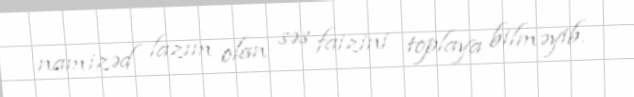
namizəd lazım olan səs faizini toplaya bilməyib.